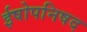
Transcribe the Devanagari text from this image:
ईषोपनिषद